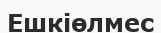
Ешкіөлмес